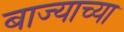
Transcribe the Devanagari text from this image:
बाज्याच्या